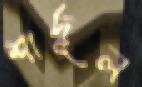
শার্দূল